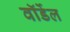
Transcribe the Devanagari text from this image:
वॉर्डेल